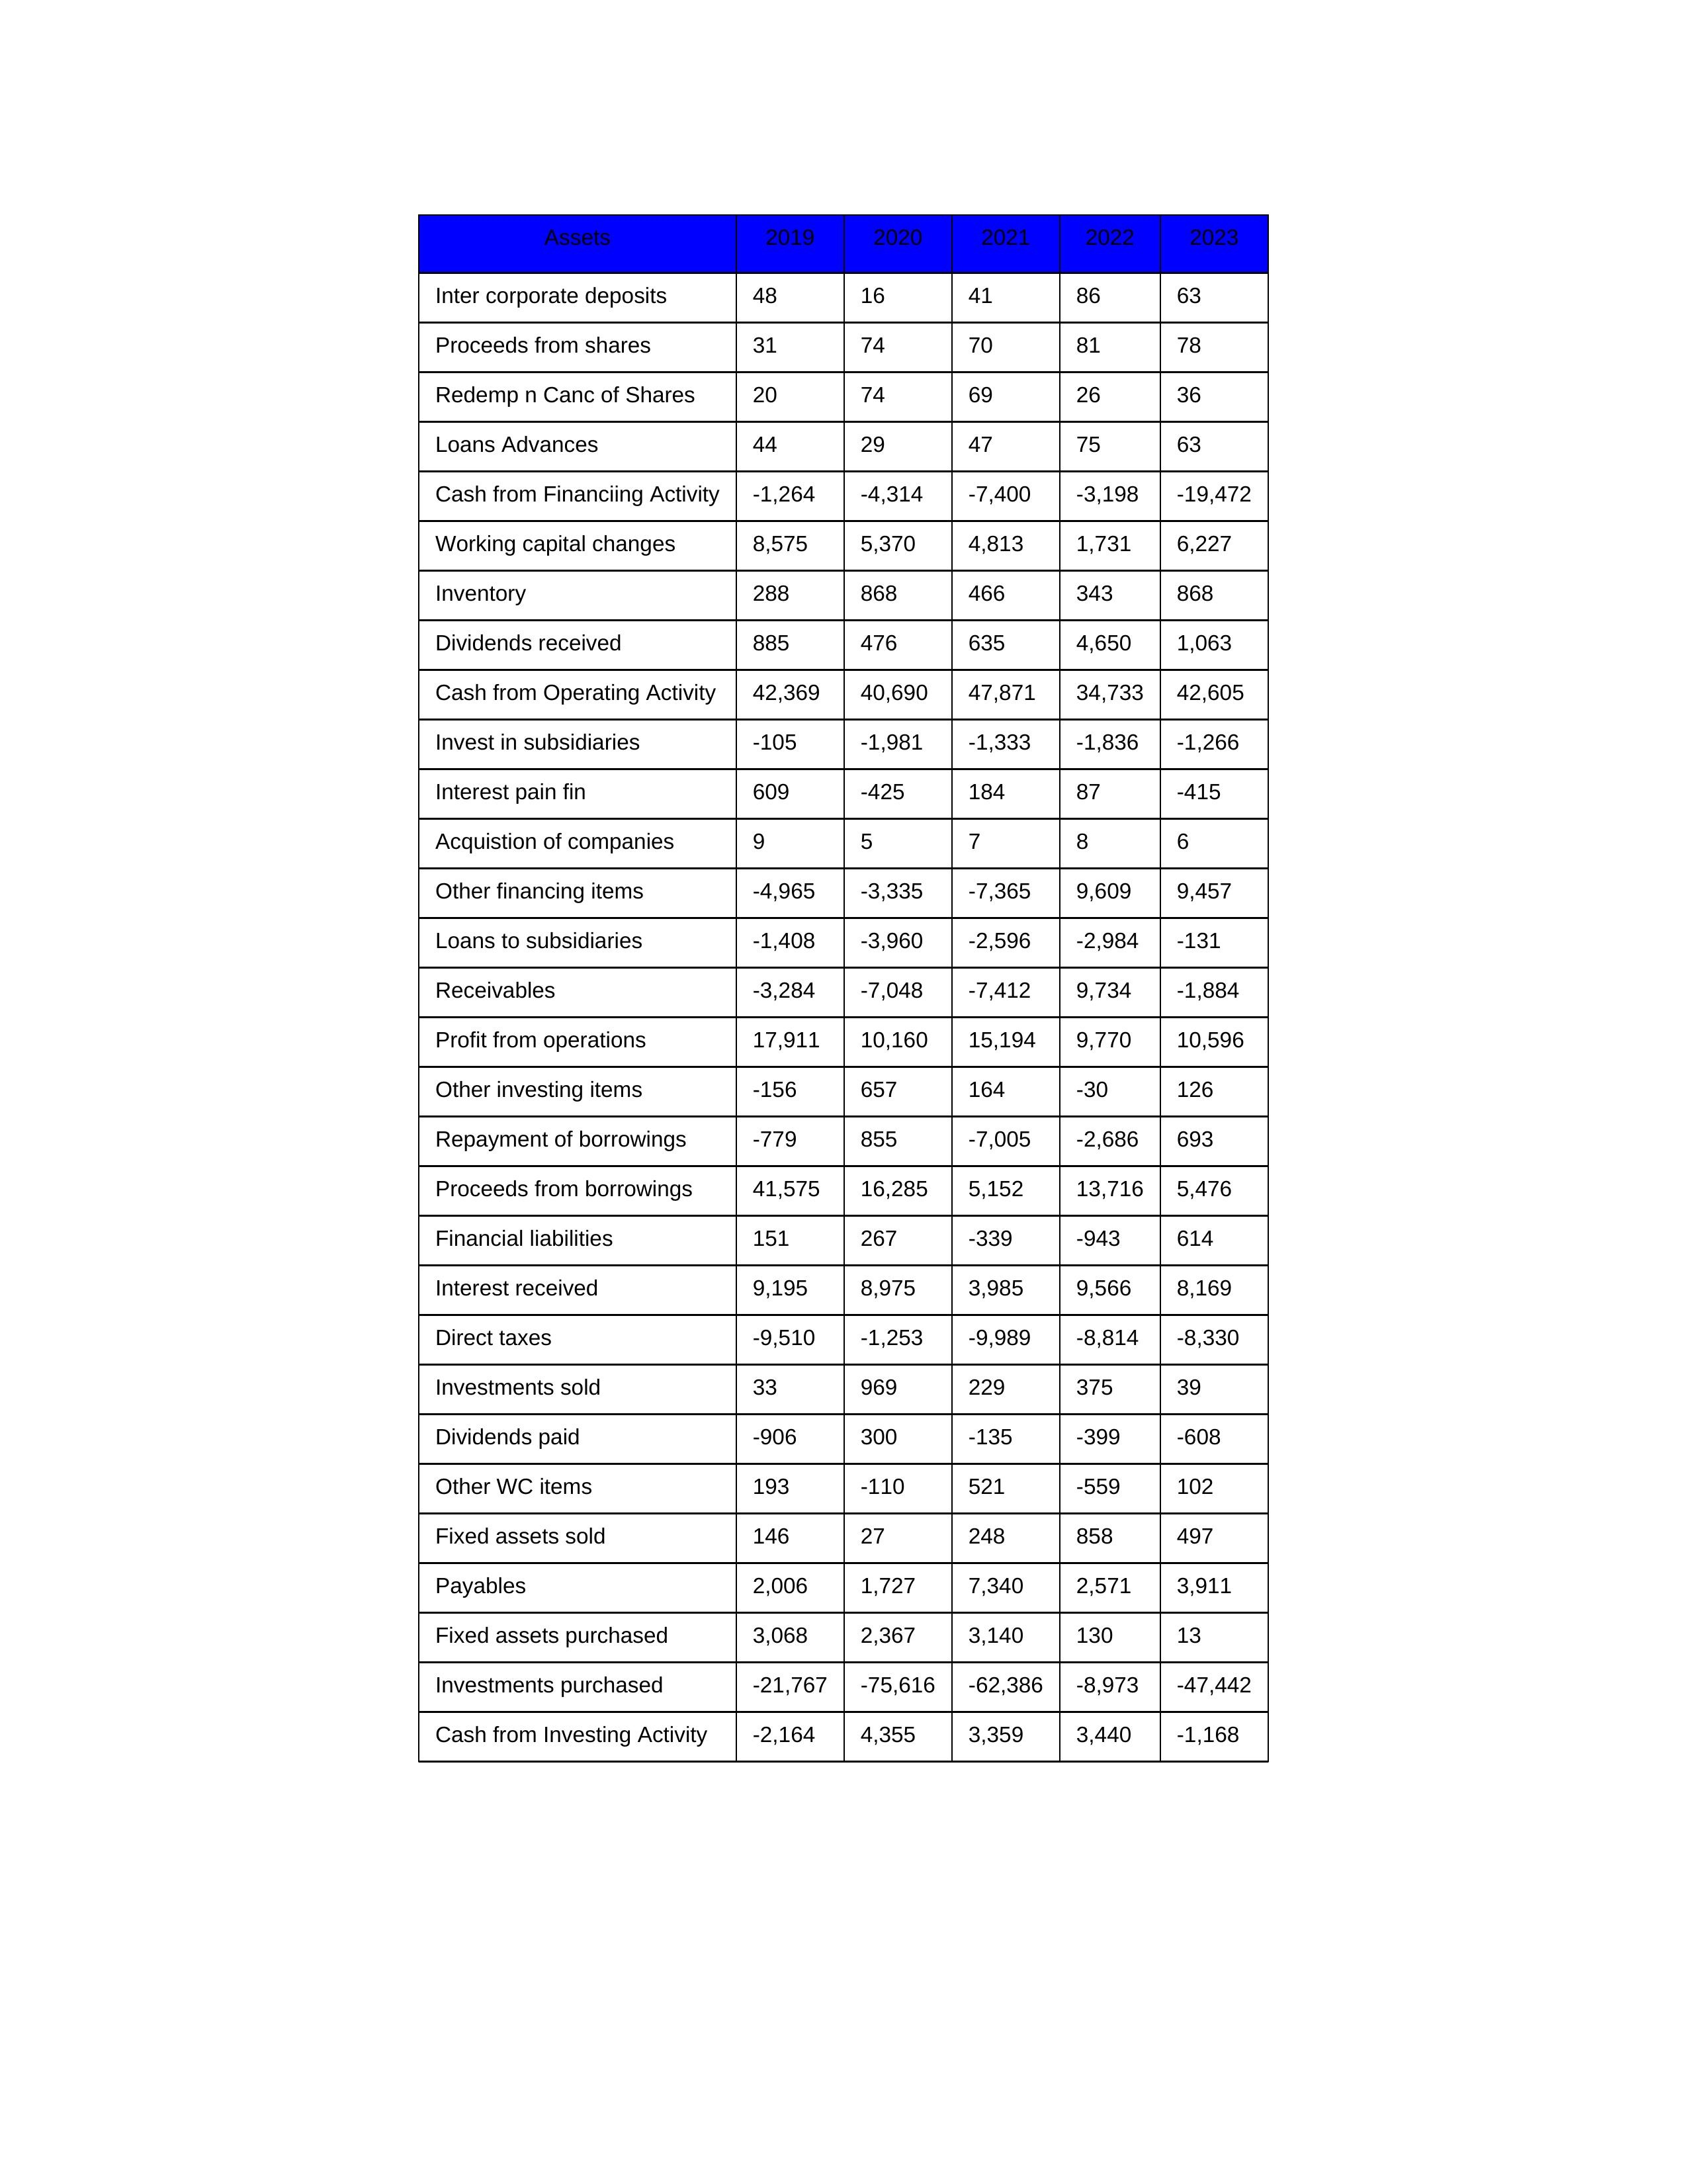
gt_parse: 2019: Cash from Operating Activity: 42,369
Profit from operations: 17,911
Receivables: -3,284
Inventory: 288
Payables: 2,006
Loans Advances: 44
Other WC items: 193
Working capital changes: 8,575
Direct taxes: -9,510
Cash from Investing Activity: -2,164
Fixed assets purchased: 3,068
Fixed assets sold: 146
Investments purchased: -21,767
Investments sold: 33
Interest received: 9,195
Dividends received: 885
Invest in subsidiaries: -105
Loans to subsidiaries: -1,408
Redemp n Canc of Shares: 20
Acquistion of companies: 9
Inter corporate deposits: 48
Other investing items: -156
Cash from Financiing Activity: -1,264
Proceeds from shares: 31
Proceeds from borrowings: 41,575
Repayment of borrowings: -779
Interest pain fin: 609
Dividends paid: -906
Financial liabilities: 151
Other financing items: -4,965
2020: Cash from Operating Activity: 40,690
Profit from operations: 10,160
Receivables: -7,048
Inventory: 868
Payables: 1,727
Loans Advances: 29
Other WC items: -110
Working capital changes: 5,370
Direct taxes: -1,253
Cash from Investing Activity: 4,355
Fixed assets purchased: 2,367
Fixed assets sold: 27
Investments purchased: -75,616
Investments sold: 969
Interest received: 8,975
Dividends received: 476
Invest in subsidiaries: -1,981
Loans to subsidiaries: -3,960
Redemp n Canc of Shares: 74
Acquistion of companies: 5
Inter corporate deposits: 16
Other investing items: 657
Cash from Financiing Activity: -4,314
Proceeds from shares: 74
Proceeds from borrowings: 16,285
Repayment of borrowings: 855
Interest pain fin: -425
Dividends paid: 300
Financial liabilities: 267
Other financing items: -3,335
2021: Cash from Operating Activity: 47,871
Profit from operations: 15,194
Receivables: -7,412
Inventory: 466
Payables: 7,340
Loans Advances: 47
Other WC items: 521
Working capital changes: 4,813
Direct taxes: -9,989
Cash from Investing Activity: 3,359
Fixed assets purchased: 3,140
Fixed assets sold: 248
Investments purchased: -62,386
Investments sold: 229
Interest received: 3,985
Dividends received: 635
Invest in subsidiaries: -1,333
Loans to subsidiaries: -2,596
Redemp n Canc of Shares: 69
Acquistion of companies: 7
Inter corporate deposits: 41
Other investing items: 164
Cash from Financiing Activity: -7,400
Proceeds from shares: 70
Proceeds from borrowings: 5,152
Repayment of borrowings: -7,005
Interest pain fin: 184
Dividends paid: -135
Financial liabilities: -339
Other financing items: -7,365
2022: Cash from Operating Activity: 34,733
Profit from operations: 9,770
Receivables: 9,734
Inventory: 343
Payables: 2,571
Loans Advances: 75
Other WC items: -559
Working capital changes: 1,731
Direct taxes: -8,814
Cash from Investing Activity: 3,440
Fixed assets purchased: 130
Fixed assets sold: 858
Investments purchased: -8,973
Investments sold: 375
Interest received: 9,566
Dividends received: 4,650
Invest in subsidiaries: -1,836
Loans to subsidiaries: -2,984
Redemp n Canc of Shares: 26
Acquistion of companies: 8
Inter corporate deposits: 86
Other investing items: -30
Cash from Financiing Activity: -3,198
Proceeds from shares: 81
Proceeds from borrowings: 13,716
Repayment of borrowings: -2,686
Interest pain fin: 87
Dividends paid: -399
Financial liabilities: -943
Other financing items: 9,609
2023: Cash from Operating Activity: 42,605
Profit from operations: 10,596
Receivables: -1,884
Inventory: 868
Payables: 3,911
Loans Advances: 63
Other WC items: 102
Working capital changes: 6,227
Direct taxes: -8,330
Cash from Investing Activity: -1,168
Fixed assets purchased: 13
Fixed assets sold: 497
Investments purchased: -47,442
Investments sold: 39
Interest received: 8,169
Dividends received: 1,063
Invest in subsidiaries: -1,266
Loans to subsidiaries: -131
Redemp n Canc of Shares: 36
Acquistion of companies: 6
Inter corporate deposits: 63
Other investing items: 126
Cash from Financiing Activity: -19,472
Proceeds from shares: 78
Proceeds from borrowings: 5,476
Repayment of borrowings: 693
Interest pain fin: -415
Dividends paid: -608
Financial liabilities: 614
Other financing items: 9,457